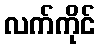
လက်ကိုင်